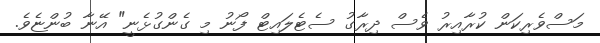
މަސްވެރިކަން ކުރާއިރު ވެސް ދިރާގު ސެޓެލައިޓް ފޯނު މި ގެންގުޅެނީ" އޭނާ ބުންޏެވެ.